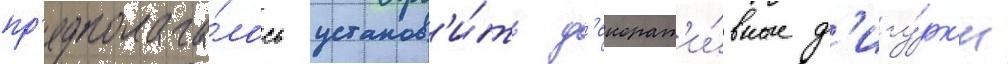
пр'едполага́лось установ'и́ть д'екорат'и́вные ф'игу́рк'и